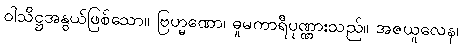
ဝါသိဋ္ဌအနွယ်ဖြစ်သော။ ဗြဟ္မဏော၊ ဓူမကာရီပုဏ္ဏားသည်။ အဇယူလေန၊